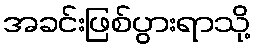
အခင်းဖြစ်ပွားရာသို့